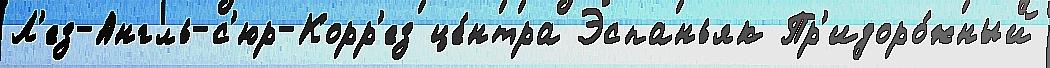
Л'ез-Англь-с'юр-Корр'ез це́нтра Эспаньяк Пр'идоро́жный